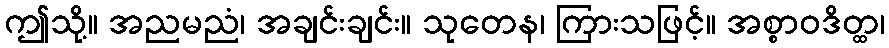
ဤသို့။ အညမညံ၊ အချင်းချင်း။ သုတေန၊ ကြားသဖြင့်။ အစ္စာဝဒိတ္ထ၊